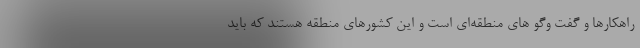
راهکارها و گفت وگو های منطقه‌ای است و این کشورهای منطقه هستند که باید